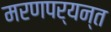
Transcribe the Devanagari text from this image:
मरणपर्यन्त